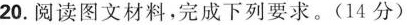
20.阅读图文材料，完成下列要求。(14分)